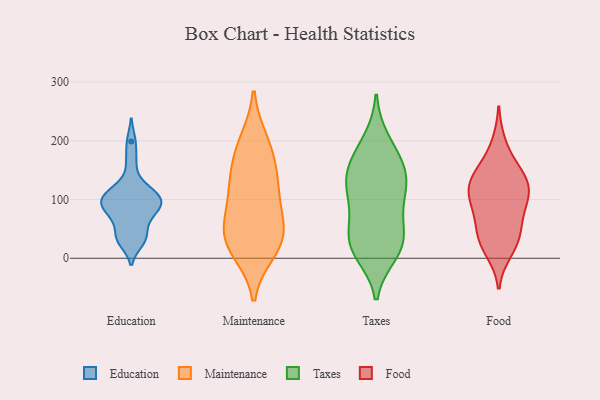
{"axis": {"x": "Page Views", "y": "Value"}, "legend": ["Education", "Food", "Maintenance", "Taxes"], "data": [{"x": "", "y": 80, "type": "Education"}, {"x": "", "y": 109, "type": "Education"}, {"x": "", "y": 101, "type": "Education"}, {"x": "", "y": 99, "type": "Education"}, {"x": "", "y": 111, "type": "Education"}, {"x": "", "y": 28, "type": "Education"}, {"x": "", "y": 84, "type": "Education"}, {"x": "", "y": 199, "type": "Education"}, {"x": "", "y": 72, "type": "Education"}, {"x": "", "y": 47, "type": "Education"}, {"x": "", "y": 35, "type": "Education"}, {"x": "", "y": 31, "type": "Education"}, {"x": "", "y": 128, "type": "Education"}, {"x": "", "y": 165, "type": "Education"}, {"x": "", "y": 74, "type": "Education"}, {"x": "", "y": 101, "type": "Education"}, {"x": "", "y": 98, "type": "Education"}, {"x": "", "y": 111, "type": "Maintenance"}, {"x": "", "y": 199, "type": "Maintenance"}, {"x": "", "y": 189, "type": "Maintenance"}, {"x": "", "y": 39, "type": "Maintenance"}, {"x": "", "y": 133, "type": "Maintenance"}, {"x": "", "y": 63, "type": "Maintenance"}, {"x": "", "y": 31, "type": "Maintenance"}, {"x": "", "y": 21, "type": "Maintenance"}, {"x": "", "y": 113, "type": "Maintenance"}, {"x": "", "y": 13, "type": "Maintenance"}, {"x": "", "y": 158, "type": "Maintenance"}, {"x": "", "y": 56, "type": "Maintenance"}, {"x": "", "y": 23, "type": "Taxes"}, {"x": "", "y": 87, "type": "Taxes"}, {"x": "", "y": 165, "type": "Taxes"}, {"x": "", "y": 136, "type": "Taxes"}, {"x": "", "y": 25, "type": "Taxes"}, {"x": "", "y": 119, "type": "Taxes"}, {"x": "", "y": 29, "type": "Taxes"}, {"x": "", "y": 199, "type": "Taxes"}, {"x": "", "y": 128, "type": "Taxes"}, {"x": "", "y": 31, "type": "Taxes"}, {"x": "", "y": 10, "type": "Taxes"}, {"x": "", "y": 172, "type": "Taxes"}, {"x": "", "y": 136, "type": "Taxes"}, {"x": "", "y": 78, "type": "Taxes"}, {"x": "", "y": 147, "type": "Food"}, {"x": "", "y": 66, "type": "Food"}, {"x": "", "y": 194, "type": "Food"}, {"x": "", "y": 104, "type": "Food"}, {"x": "", "y": 101, "type": "Food"}, {"x": "", "y": 141, "type": "Food"}, {"x": "", "y": 112, "type": "Food"}, {"x": "", "y": 33, "type": "Food"}, {"x": "", "y": 122, "type": "Food"}, {"x": "", "y": 39, "type": "Food"}, {"x": "", "y": 13, "type": "Food"}, {"x": "", "y": 28, "type": "Food"}, {"x": "", "y": 73, "type": "Food"}, {"x": "", "y": 115, "type": "Food"}, {"x": "", "y": 148, "type": "Food"}]}